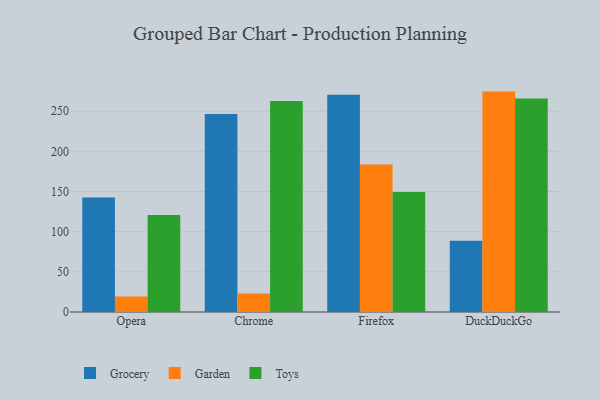
{"axis": {"x": "Browser", "y": "Net Income (USD K)"}, "legend": ["Garden", "Grocery", "Toys"], "data": [{"x": "Opera", "y": 142.4, "type": "Grocery"}, {"x": "Opera", "y": 19.3, "type": "Garden"}, {"x": "Opera", "y": 120.7, "type": "Toys"}, {"x": "Chrome", "y": 246.5, "type": "Grocery"}, {"x": "Chrome", "y": 22.9, "type": "Garden"}, {"x": "Chrome", "y": 262.7, "type": "Toys"}, {"x": "Firefox", "y": 270.4, "type": "Grocery"}, {"x": "Firefox", "y": 183.7, "type": "Garden"}, {"x": "Firefox", "y": 149.4, "type": "Toys"}, {"x": "DuckDuckGo", "y": 88.6, "type": "Grocery"}, {"x": "DuckDuckGo", "y": 274.3, "type": "Garden"}, {"x": "DuckDuckGo", "y": 265.8, "type": "Toys"}]}